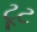
ટૂટ